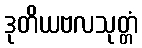
ဒုတိယဗလသုတ္တံ